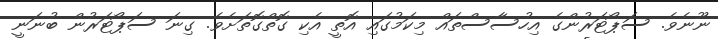
ނޫނެވެ. ސަޕޯޓަރުންގެ އިހުސާސްތައް މިކަމުގައި އޮތީ އެކި ގޮތްގޮތަށެވެ. ގިނަ ސަޕޯޓަރުން ބުނަނީ